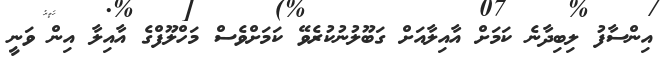
އިންސާފު ލިބިދާނެ ކަމަށް އާއިލާއަށް ގަބޫލުނުކުރެވޭ ކަަމަށްވެސް މަހްލޫފްގެ އާއިލާ އިން ވަނީ